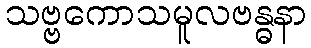
သဗ္ဗကောသမူလဗန္ဓနာ